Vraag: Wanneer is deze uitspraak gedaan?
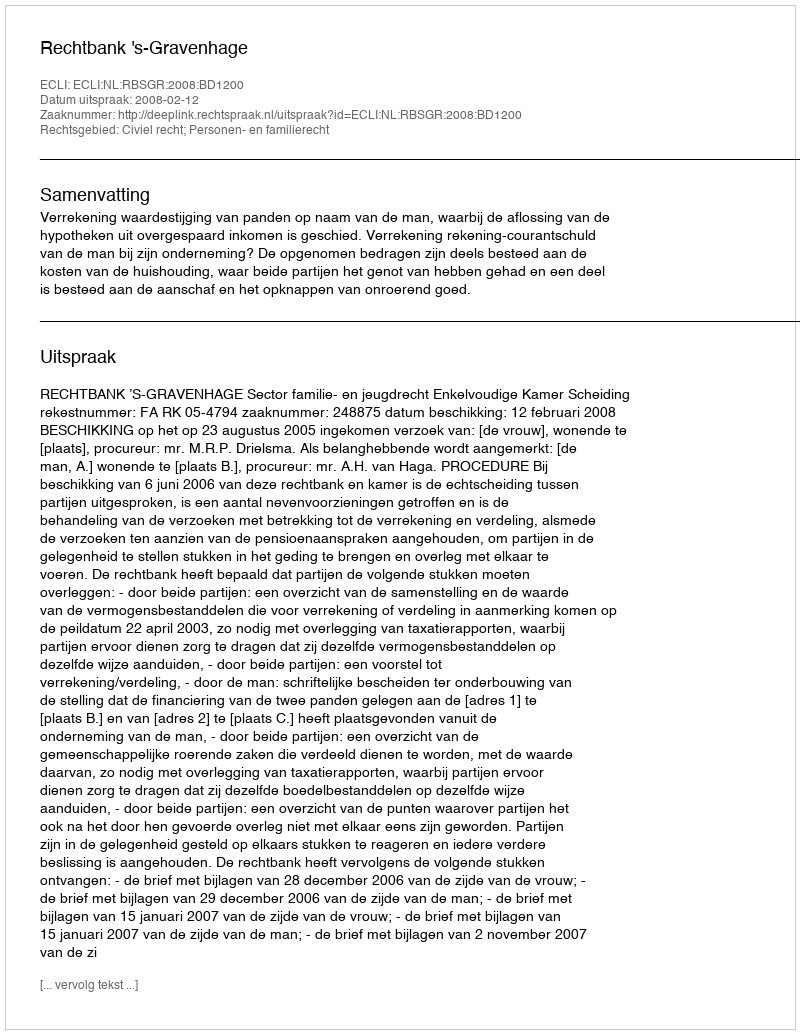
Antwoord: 2008-02-12